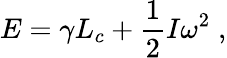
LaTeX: E=\gamma L_{c}+\frac{1}{2}I\omega^{2}\; ,